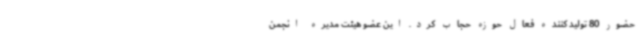
حضور 80 تولید کننده فعال حوزه حجاب کرد. این عضو هیئت مدیره انجمن